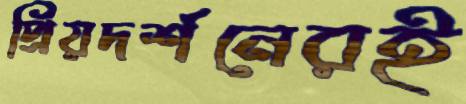
প্রিয়দর্শনেরই